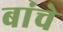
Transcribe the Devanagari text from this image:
बांचे